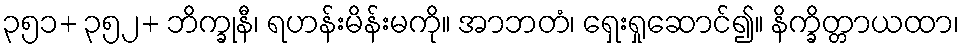
၃၅၁+ ၃၅၂+ ဘိက္ခုနီ၊ ရဟန်းမိန်းမကို။ အာဘတံ၊ ရှေးရှုဆောင်၍။ နိက္ခိတ္တာယထာ၊